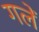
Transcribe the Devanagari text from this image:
गलें